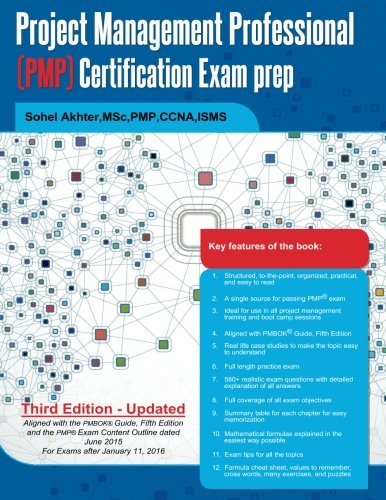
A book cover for Project Management Professional (PMP) Certification Exam prep; Sohel Akhter; Test Preparation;